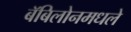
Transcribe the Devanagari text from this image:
बॅबिलोनमधले